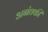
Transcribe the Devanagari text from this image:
अनंतकी